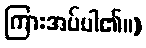
ကြားအပ်ပါ၏။)